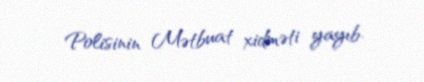
Polisinin Mətbuat xidməti yayıb.